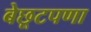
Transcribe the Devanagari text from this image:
बेछूटपणा